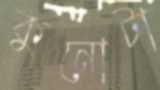
কুনোটা